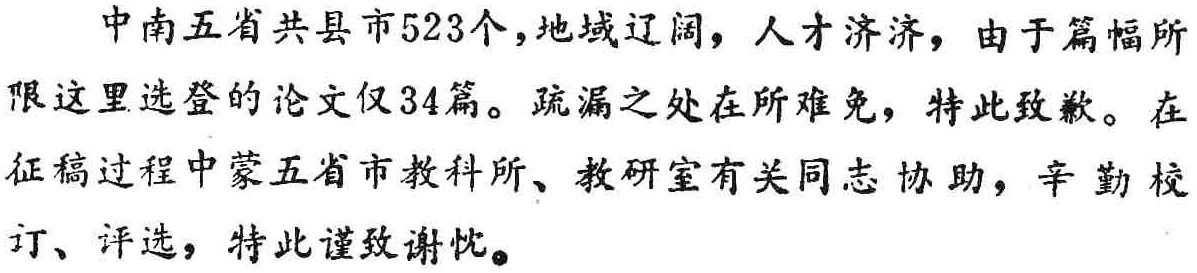
中南五省共县市523个,地域辽阔，人才济济，由于篇幅所

限这里选登的论文仅34篇。疏漏之处在所难免，特此致歉。在

征稿过程中蒙五省市教科所、教研室有关同志协助，辛勤校

订、评选，特此谨致谢忱。